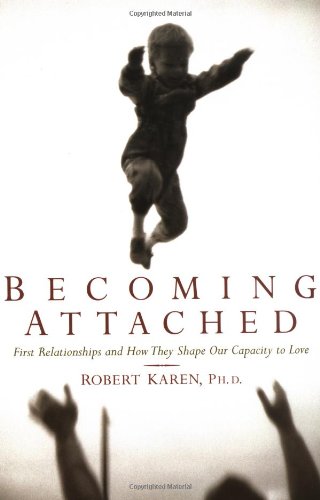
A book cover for Becoming Attached: First Relationships and How They Shape Our Capacity to Love; Robert Karen; Parenting & Relationships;